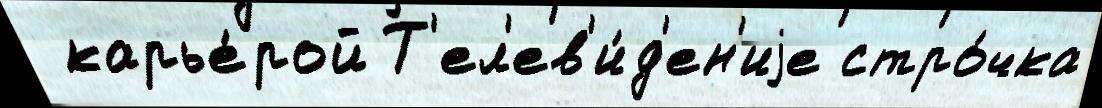
 карье́рой Т'ел'ев'и́д'ен'иjе стро́чка